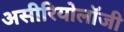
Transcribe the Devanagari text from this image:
असीरियोलॉजी